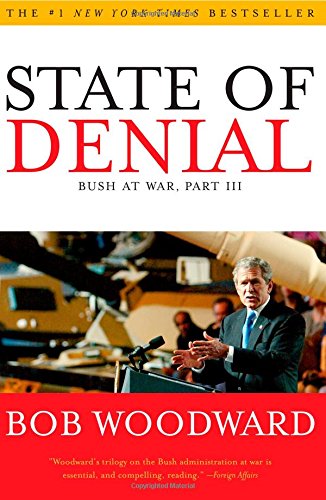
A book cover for State of Denial: Bush at War, Part III; Bob Woodward; History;